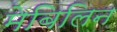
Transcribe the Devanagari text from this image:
मेबिलिन